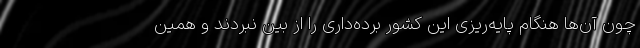
چون آن‌ها هنگام پایه‌ریزی این کشور برده‌داری را از بین نبردند و همین